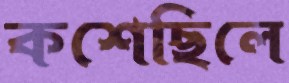
কশেছিলে